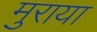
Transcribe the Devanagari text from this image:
मुराया